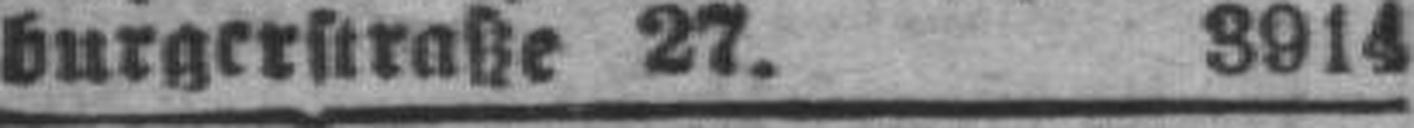
burgerstraße 27. 3914